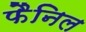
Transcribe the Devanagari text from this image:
फैनिल